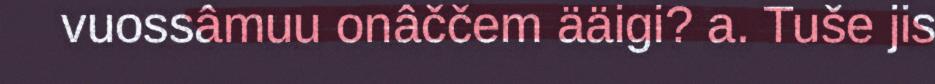
vuossâmuu onâččem ääigi? a. Tuše jis